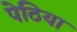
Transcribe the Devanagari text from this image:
पेठिया